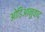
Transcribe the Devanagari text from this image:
ओड़िआनुवाद